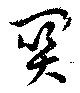
關